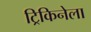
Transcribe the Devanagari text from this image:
ट्रिकिनेला